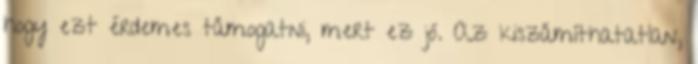
hogy ezt érdemes támogatni, mert ez jó. Az kiszámíthatatlan,